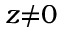
z { \neq } 0